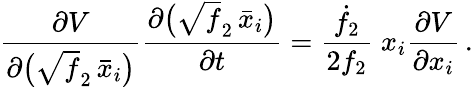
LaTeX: \frac{\partial V}{\partial\big(\sqrt{f}_{2}\, \bar{x}_{i}\big)}\frac{\partial\big(\sqrt{f}_{2}\, \bar{x}_{i}\big)}{\partial t}=\frac{\dot{f}_{2}}{2f_{2}}\; x_{i}\frac{\partial V}{\partial x_{i}}\, .